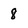
Character: 8